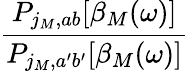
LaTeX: \frac{P_{j_{M},ab}[\beta_{M}(\omega)]}{P_{j_{M},a^{\prime}b^{\prime}}[\beta_{M}(\omega)]}